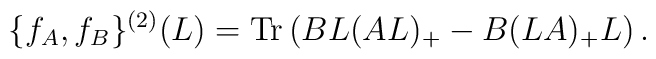
\{ f_A, f_B\}^{(2)}(L)={\rm Tr}\left(BL(AL)_+-B(LA)_+L\right).